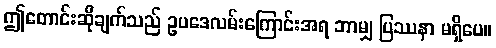
ဤတောင်းဆိုချက်သည် ဥပဒေလမ်းကြောင်းအရ ဘာမျှ ပြဿနာ မရှိပေ။